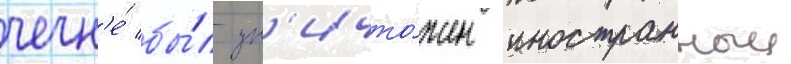
чечн'е́ бы́л ун'ичто́жен иностранныи